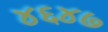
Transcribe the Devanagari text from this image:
४६४७